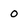
Character: 0